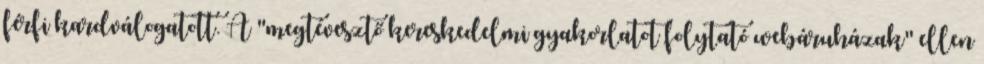
férfi kardválogatott. A "megtévesztő kereskedelmi gyakorlatot folytató webáruházak" ellen